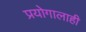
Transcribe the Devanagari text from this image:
प्रयोगालाही